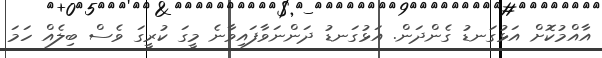
އާއްމުކޮށް އަޅުގަނޑު ގެންދަން. އަޅުގަނޑު ދަންނަވާފައިވާނެ މީގަ ކުރީގަ ވެސް ބިލެއް ހަމަ